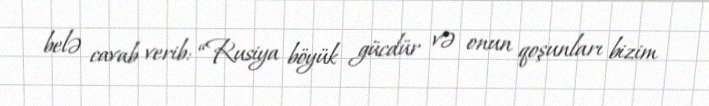
belə cavab verib: “Rusiya böyük gücdür və onun qoşunları bizim